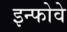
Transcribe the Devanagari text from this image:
इन्फोवे